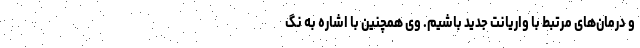
و درمان‌های مرتبط با واریانت جدید باشیم. وی همچنین با اشاره به نگ